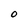
Character: 0